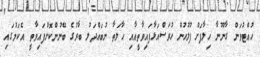
ހުއްޓުވަން ގާނޫނާ ހިލާފަށް ފުލުހުން ހުރަސްއަޅާފައިވާތީއާއި ހާލަތާ ނުބައްދަލު ބާރުގެ ބޭނުންކޮށްފައިވާތީ އެކަމުގައި